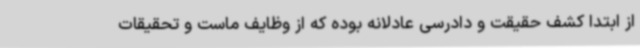
از ابتدا کشف حقیقت و دادرسی عادلانه بوده که از وظایف ماست و تحقیقات